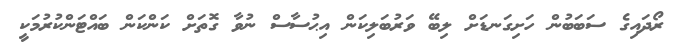
ރޯދައިގެ ސަބަބުން ހަށިގަނޑަށް ލިބޭ ވަރުބަލިކަން އިޙުސާސް ނުވާ ގޮތަށް ކަންކަން ބައްޓަންކުރުމަކީ